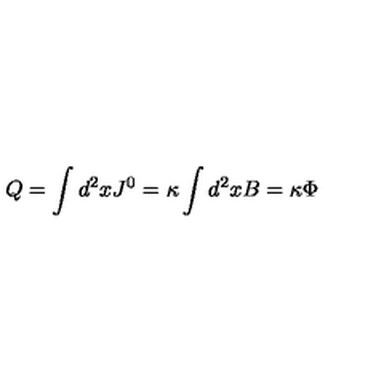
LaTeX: Q = \int d ^ { 2 } x J ^ { 0 } = \kappa \int d ^ { 2 } x B = \kappa \Phi